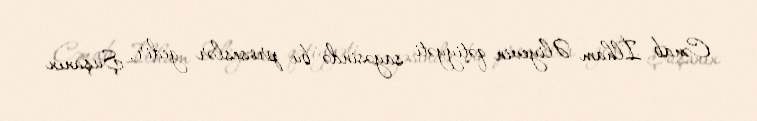
Cənab İlham Əliyevin qətiyyəti sayəsində bu proseslər gedir, Şuşanın